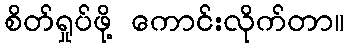
စိတ်ရှုပ်ဖို့ ကောင်းလိုက်တာ။